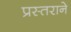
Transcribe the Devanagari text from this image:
प्रस्तराने